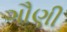
ગૌણી